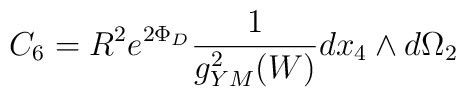
C_6 = R^2 e^{2 \Phi_D} { 1 \over g^2_{YM}(W)} dx_4 \wedge d \Omega_2